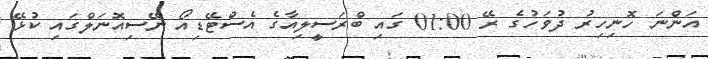
އަންނަ ހޮނިހިރު ދުވަހުގެ ރޭ 01:00 ގައި ބްރަސީލިއާގެ އެސްޓޭޑިއޯ ނޭސިއޮނަލްގައި ކުޅޭ